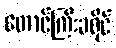
တောင်ကြီးခရိုင်